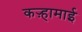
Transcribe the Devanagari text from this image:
कऱ्हामाई